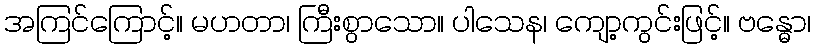
အကြင်ကြောင့်။ မဟတာ၊ ကြီးစွာသော။ ပါသေန၊ ကျော့ကွင်းဖြင့်။ ဗန္ဓော၊